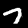
Digit: 7